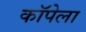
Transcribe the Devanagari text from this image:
कॉपेला